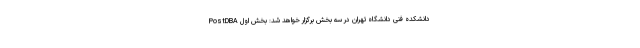
PostDBA دانشکده فنی دانشگاه تهران در سه بخش برگزار خواهد شد: بخش اول